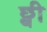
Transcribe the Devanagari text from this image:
छ्वी